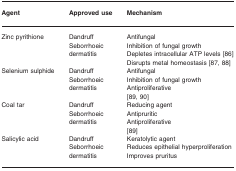
<table><thead><tr><td><b>Agent</b></td><td><b>Approved use</b></td><td><b>Mechanism</b></td></tr></thead><tbody><tr><td>Zinc pyrithione</td><td>Dandruff Seborrhoeic dermatitis</td><td>Antifungal Inhibition of fungal growth Depletes intracellular ATP levels [86] Disrupts metal homeostasis [87, 88]</td></tr><tr><td>Selenium sulphide</td><td>Dandruff Seborrhoeic dermatitis</td><td>Antifungal Inhibition of fungal growth Antiproliferative [89, 90]</td></tr><tr><td>Coal tar</td><td>Dandruff Seborrhoeic dermatitis</td><td>Reducing agent Antipruritic Antiproliferative [89]</td></tr><tr><td>Salicylic acid</td><td>Dandruff Seborrhoeic dermatitis</td><td>Keratolytic agent Reduces epithelial hyperproliferation Improves pruritus</td></tr></tbody></table>